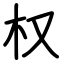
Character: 权